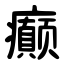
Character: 癫